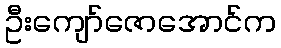
ဦးကျော်ဇောအောင်က